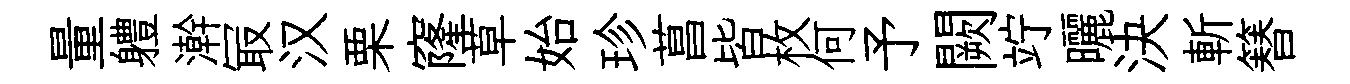
量軆澣冣汉栗窿草始珍菖皆枚何予闕竚曬決斬簮